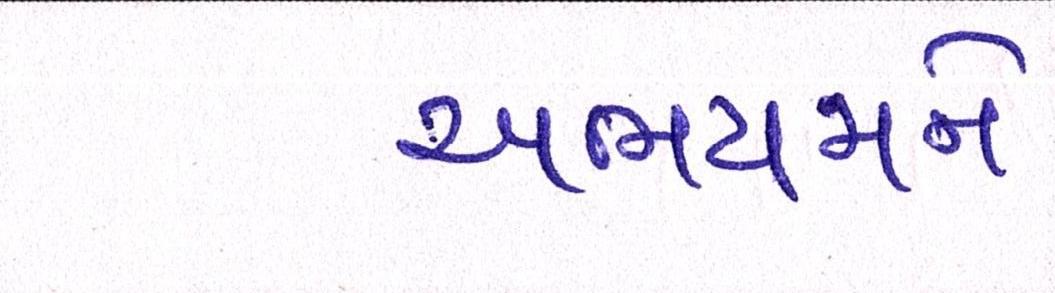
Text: અભયમને